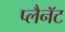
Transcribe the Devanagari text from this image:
प्लैनॅट